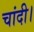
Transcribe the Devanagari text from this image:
चांदी।